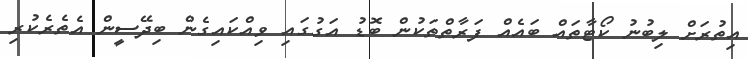
އިތުރަށް ލިބުނު ކޯޓާތައް ބައެއް ފަރާތްތަކުން ބޮޑު އަގުގައި ވިއްކައިގެން ބިދޭސީން އެތެރެކުރި